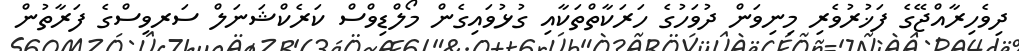
ދިވެހިރާއްޖޭގެ ފަޚުރުވެރި މިނިވަން ދުވަހުގެ ހަރަކާތްތަކާއި ގުޅުވައިގެން މޯލްޑިވްސް ކަރެކްޝަނަލް ސަރވިސްގެ ފަރާތުން